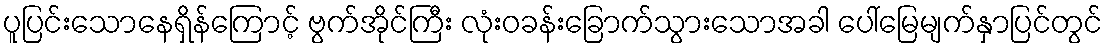
ပူပြင်းသောနေရှိန်ကြောင့် ဗွက်အိုင်ကြီး လုံးဝခန်းခြောက်သွားသောအခါ ပေါ်မြေမျက်နှာပြင်တွင်